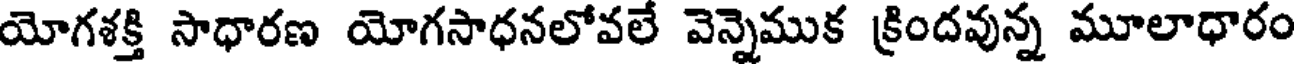
యోగశక్తి సాధారణ యోగసాధనలోవలే వెన్నెముక క్రిందవున్న మూలాధారం